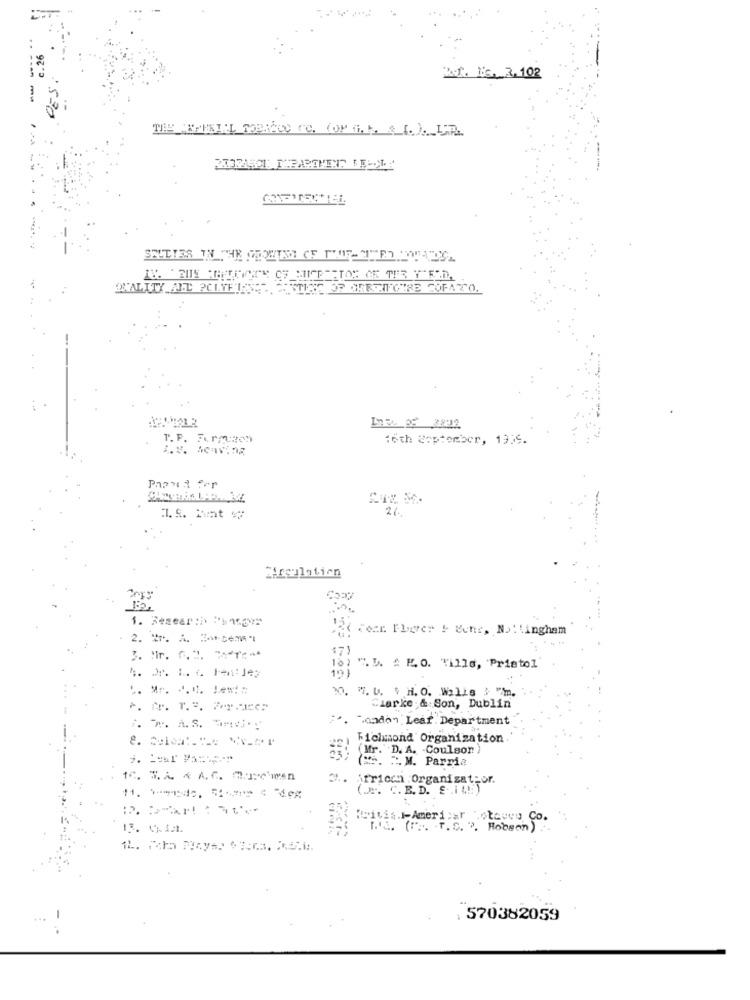
.26
ROT. NE. 2. 102
-
530
T. P. FormuHon
16th September, 1959.
Mrgulation
162.
1. Research Pb 14.01
2. *. A ====-
3. "r. G.". TA-Tr **
18) ". L. A K.O. Tills, Pristol
20.
W. U. $ H. O. WilLs 3 "m.
Clarke & Son, Dublin
Mondo" Leaf Department
A. P. A.S. m ...
Richmond Organization
Mr. D. A. - Coulson)
CS. M. Parria
3. Arricch Organizator.
(.P. C. E. D. E .it !: )
13. 0.121.
I.A. (F .. . T. C. ". Robson)
. 570382059